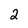
Character: 2